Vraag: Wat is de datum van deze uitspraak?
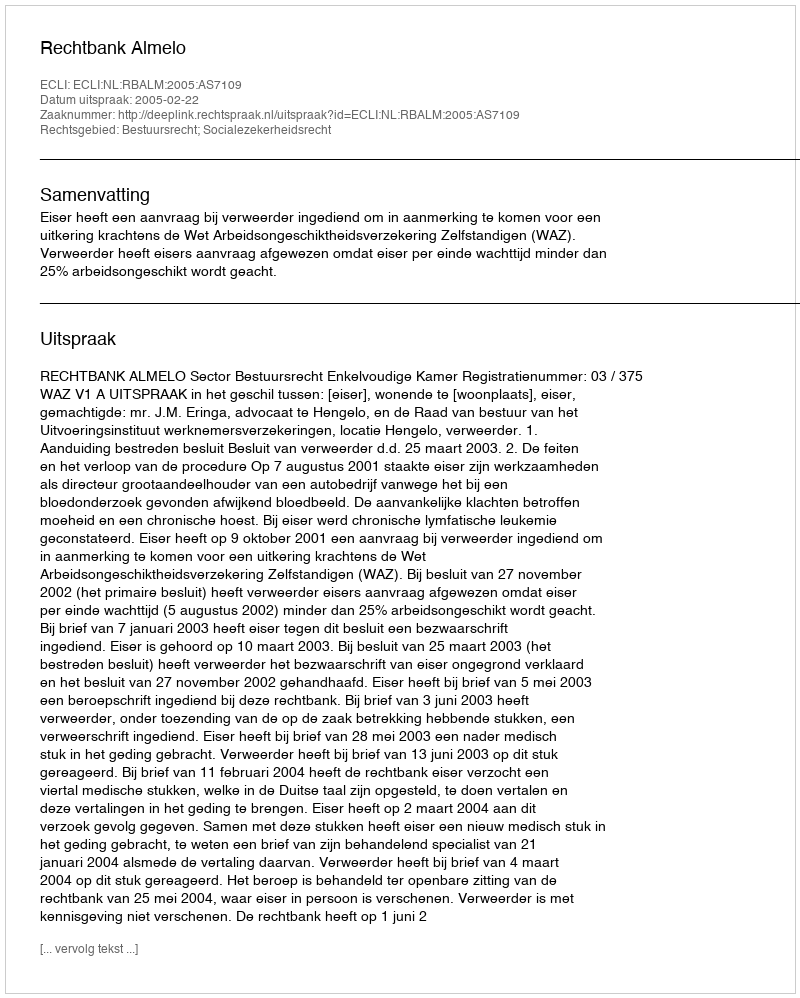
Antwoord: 2005-02-22